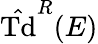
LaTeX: {\hat{\mathrm{Td}}}^{R}(E)